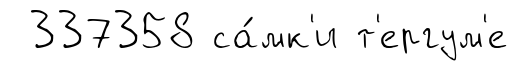
337358 са́мк'и т'ергум'е